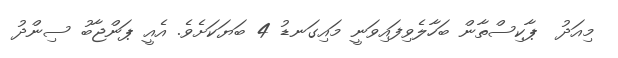
މިއަދު  ޕާކިސްތާން ބަހާލެވިފައިވަނީ މައިގަނޑު 4 ބަޔަކަށެވެ. އެއީ ޕަންޖާބު ސިންދު